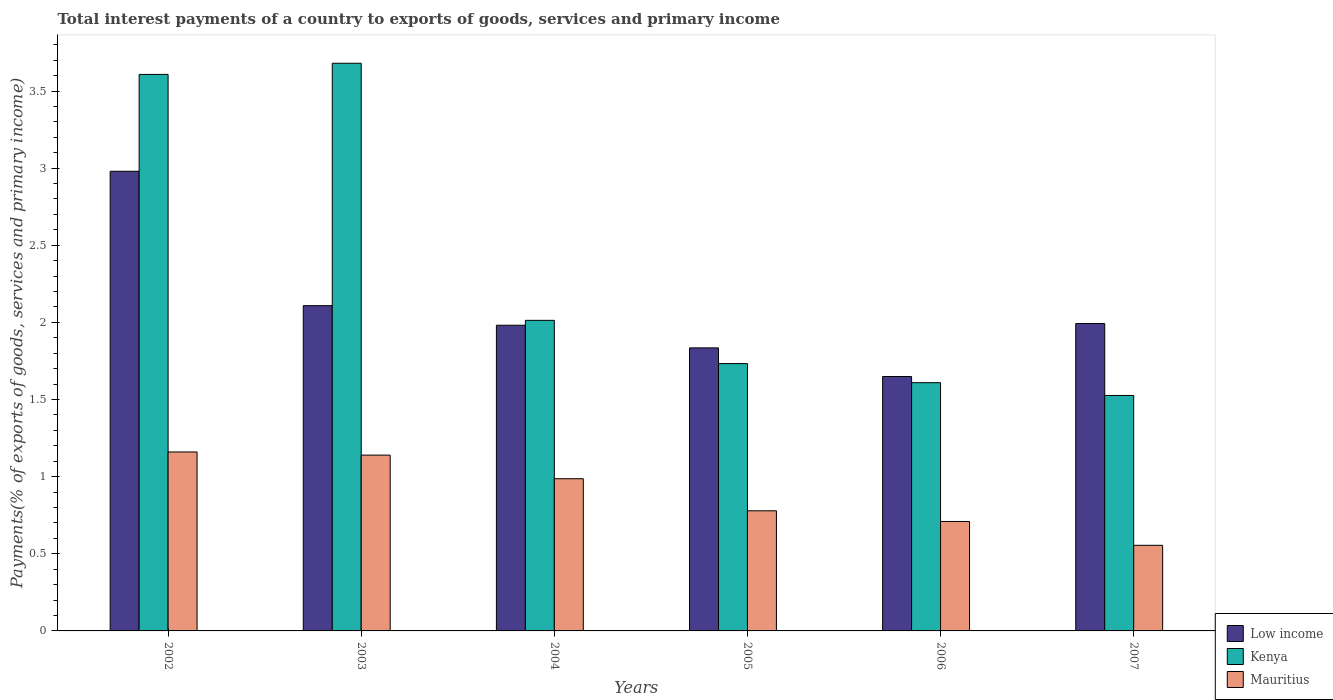
| Years | Low income | Kenya | Mauritius |
 | --- | --- | --- | --- |
 | 2002 | 2.98 | 3.61 | 1.16 |
 | 2003 | 2.11 | 3.68 | 1.14 |
 | 2004 | 1.98 | 2.01 | 0.987 |
 | 2005 | 1.83 | 1.73 | 0.779 |
 | 2006 | 1.65 | 1.61 | 0.709 |
 | 2007 | 1.99 | 1.53 | 0.555 |